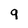
Character: 9